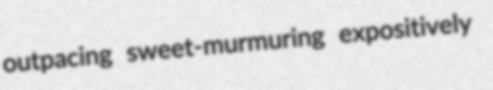
outpacing sweet-murmuring expositively